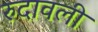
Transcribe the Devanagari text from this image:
रुदावली